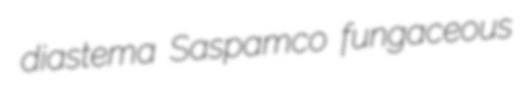
diastema Saspamco fungaceous